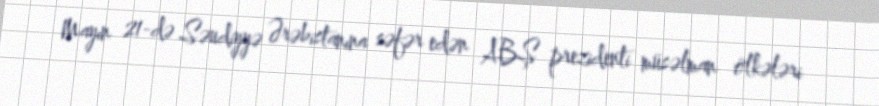
Mayın 21-də Səudiyyə Ərəbistanına səfər edən ABŞ prezidenti müsəlman ölkələri